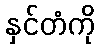
နှင်တံကို